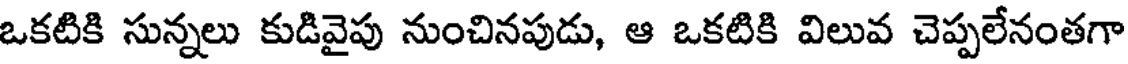
ఒకటికి సున్నలు కుడివైపు నుంచినపుడు, ఆ ఒకటికి విలువ చెప్పలేనంతగా